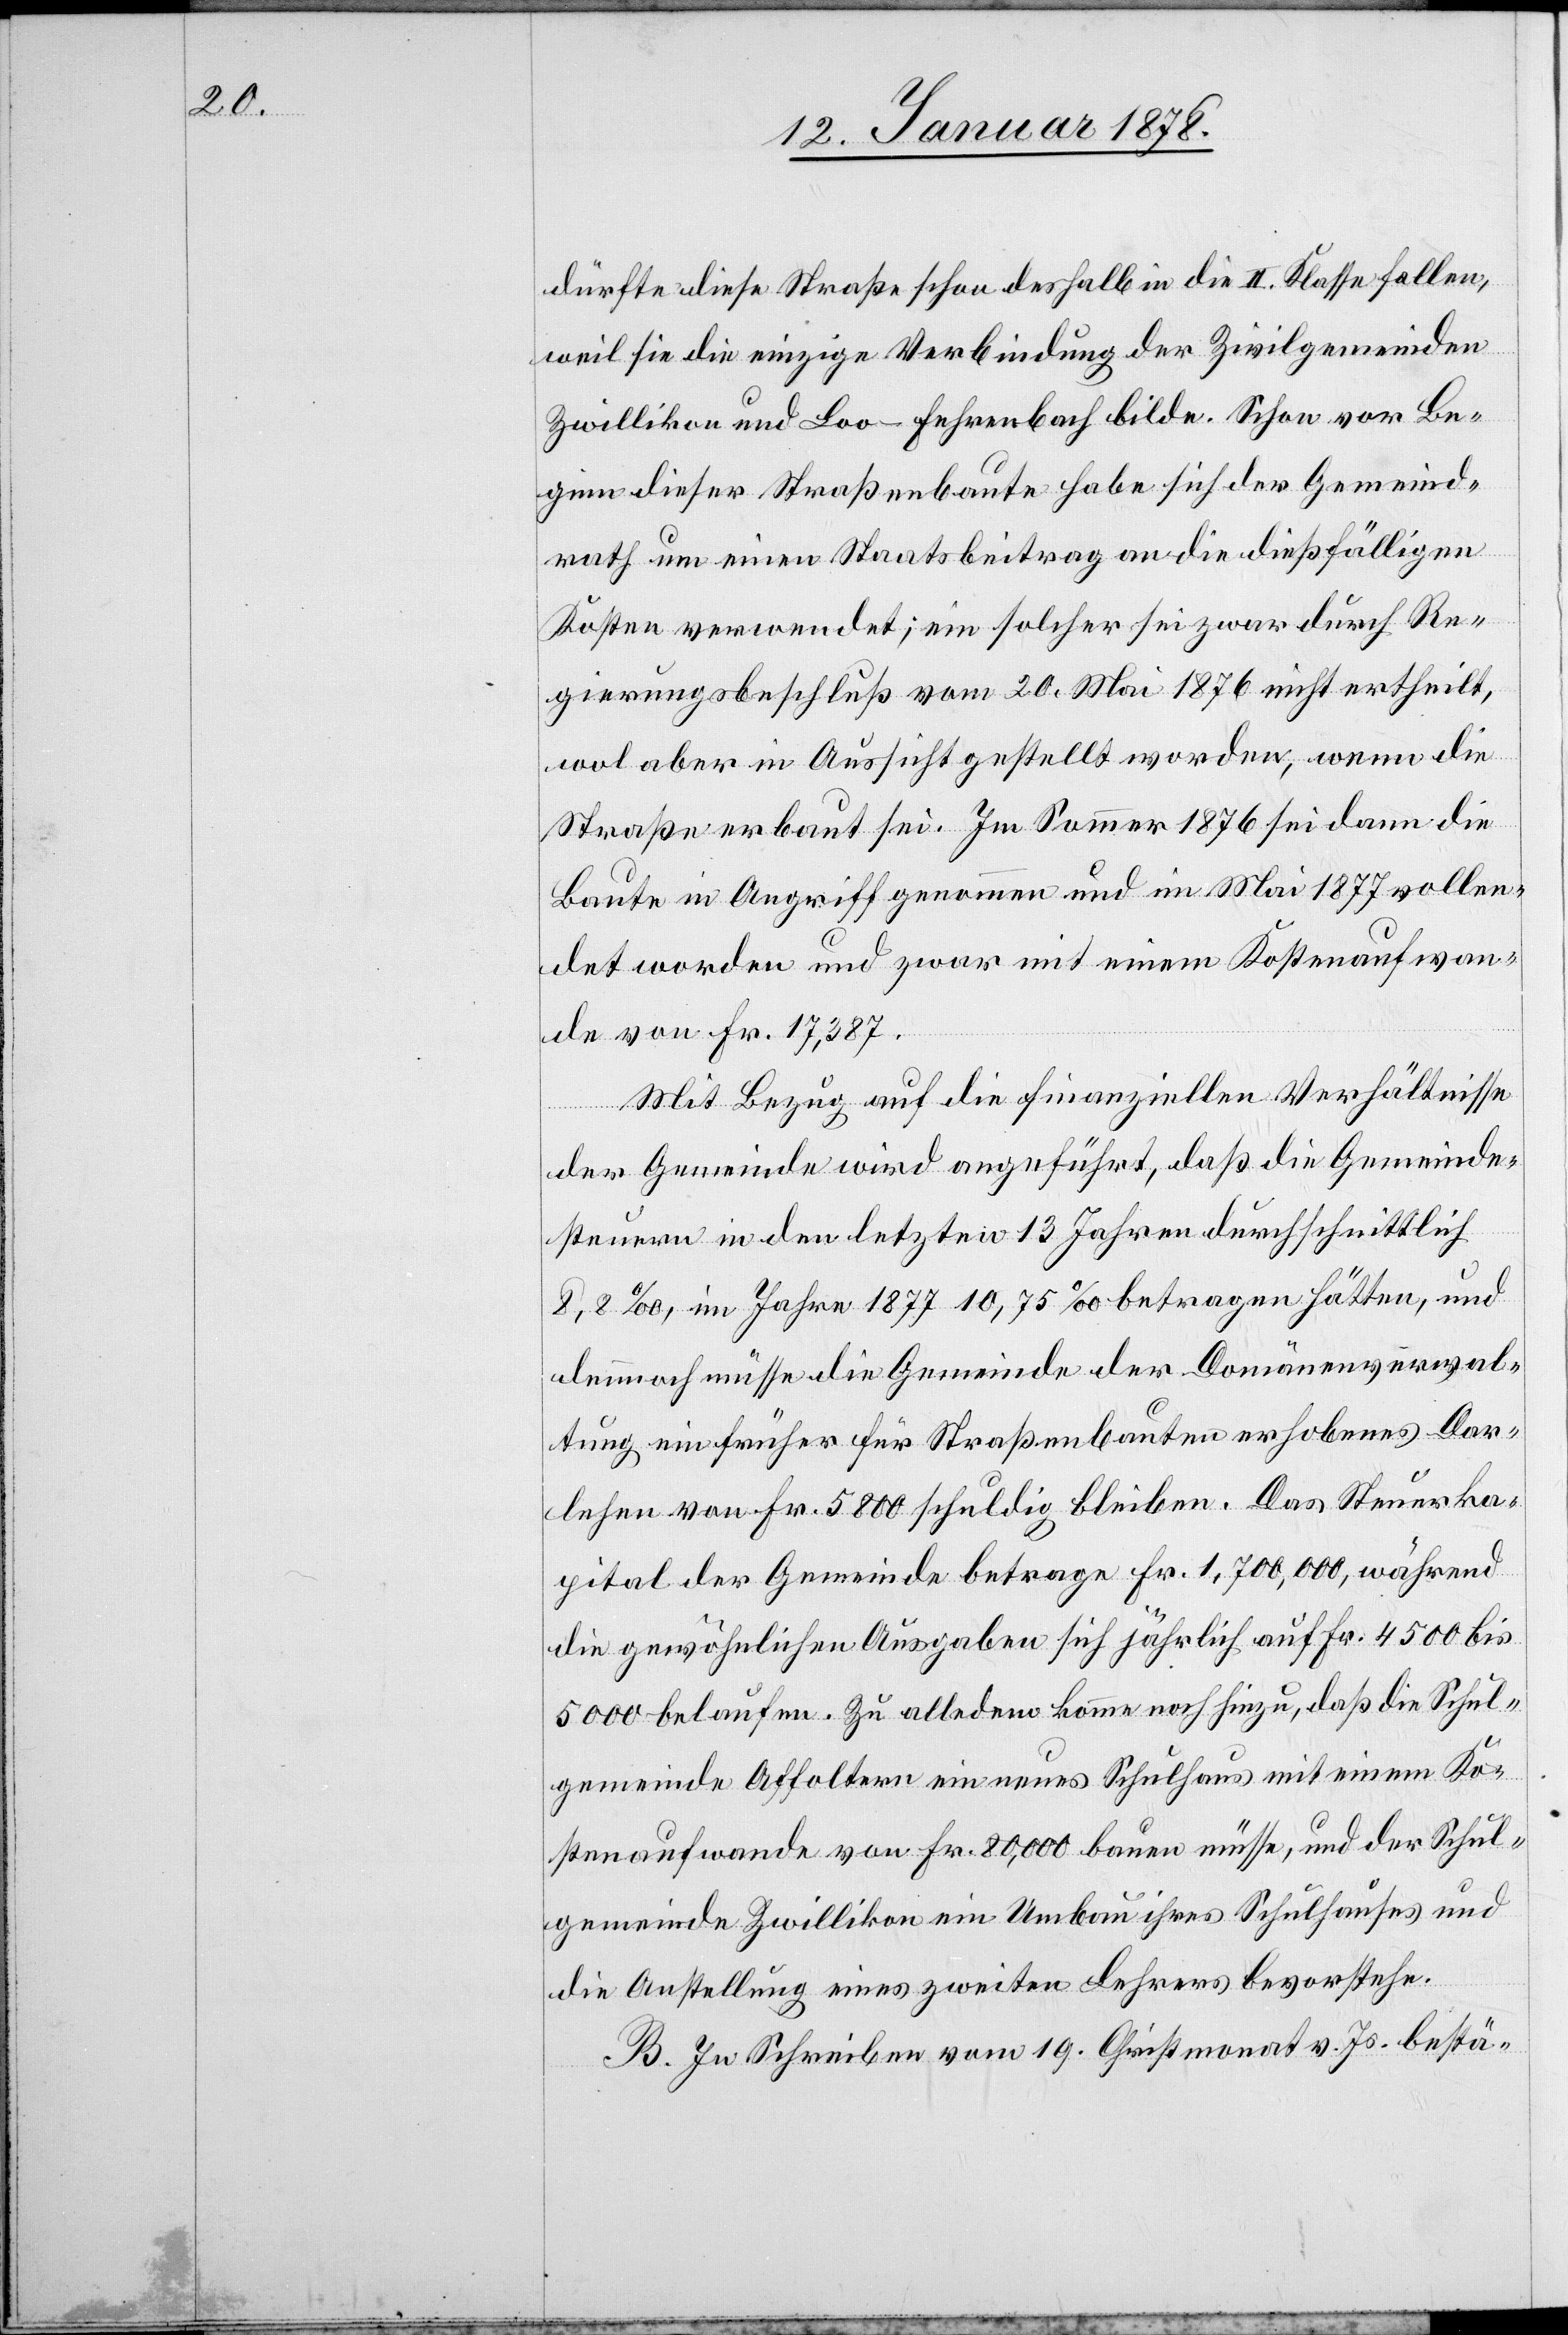
dürfte diese Straße schon deshalb in die II. Klasse fallen;
weil sie die einzige Verbindung der Zivilgemeinden
Zwillikon und Loo-Fehrenbach bilde. Schon vor Be¬
ginn dieser Straßenbaute habe sich der Gemeind¬
rath um einen Staatsbeitrag an die diesfälligen
Kosten verwendet; ein solcher sei zwar durch Re¬
gierungsbeschluß vom 20 Mai 1876 nicht ertheilt,
wol aber in Aussicht gestellt worden, wenn die
Straße erbaut sei. Im Sommer 1876 sei dann die
Baute in Angriff genommen und im Mai 1877 vollen¬
det worden und zwar mit einem Kostenaufwan¬
de von Fr. 17,387.
Mit Bezug auf die finanziellen Verhältnisse
der Gemeinde wird angeführt, daß die Gemeinde¬
steuern in den letzten 13 Jahren durchschnittlich
2,8‰, im Jahre 1877 10,75‰ betragen hätten, und
demnach müsse die Gemeinde der Domänenverwal¬
tung ein früher für Straßenbauten erhobenes Dar¬
lehen von Fr. 5800 schuldig bleiben. Das Steuerka¬
pital der Gemeinde betrage Fr. 1,700,000, während
die gewöhnlichen Ausgaben sich jährlich auf Fr. 4500 bis
5000 belaufen. Zu alledem komme noch hinzu, daß die Schul¬
gemeinde Affoltern ein neues Schulhaus mit einem Ko¬
stenaufwande von Fr. 80,000 bauen müsse, und der Schul¬
gemeinde Zwillikon ein Umbau ihres Schulhauses und
die Anstellung eines zweiten Lehrers bevorstehe.
[sic!] Schreiben vom 19 Christmonat v. Js. bestä-